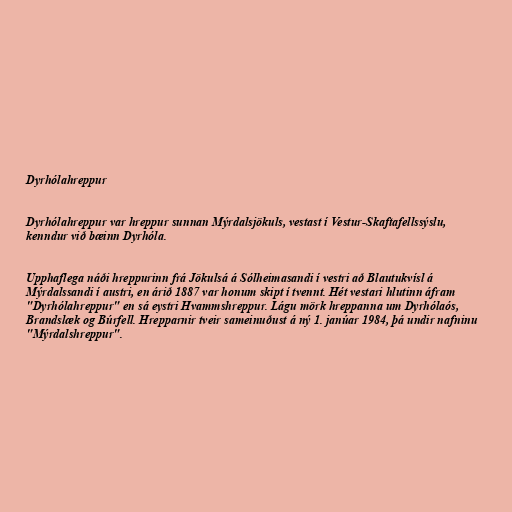
Dyrhólahreppur

Dyrhólahreppur var hreppur sunnan Mýrdalsjökuls, vestast í Vestur-Skaftafellssýslu,
kenndur við bæinn Dyrhóla.

Upphaflega náði hreppurinn frá Jökulsá á Sólheimasandi í vestri að Blautukvísl á
Mýrdalssandi í austri, en árið 1887 var honum skipt í tvennt. Hét vestari hlutinn áfram
"Dyrhólahreppur" en sá eystri Hvammshreppur. Lágu mörk hreppanna um Dyrhólaós,
Brandslæk og Búrfell. Hrepparnir tveir sameinuðust á ný 1. janúar 1984, þá undir nafninu
"Mýrdalshreppur".